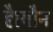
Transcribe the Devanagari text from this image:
है।यौन